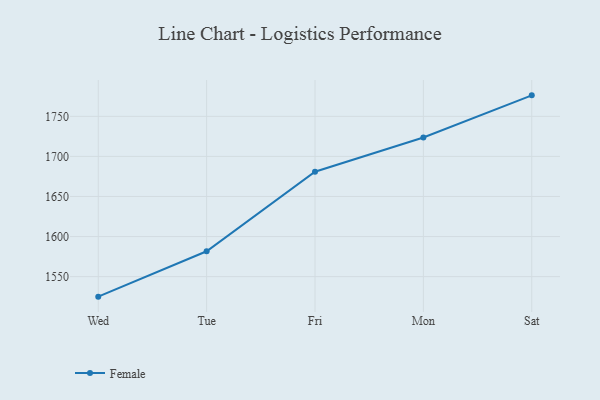
{"axis": {"x": "Day", "y": "Customer Acquisition Cost (USD)"}, "legend": ["Female"], "data": [{"x": "Wed", "y": 1525.0, "type": "Female"}, {"x": "Tue", "y": 1581.6, "type": "Female"}, {"x": "Fri", "y": 1680.9, "type": "Female"}, {"x": "Mon", "y": 1723.6, "type": "Female"}, {"x": "Sat", "y": 1776.2, "type": "Female"}]}